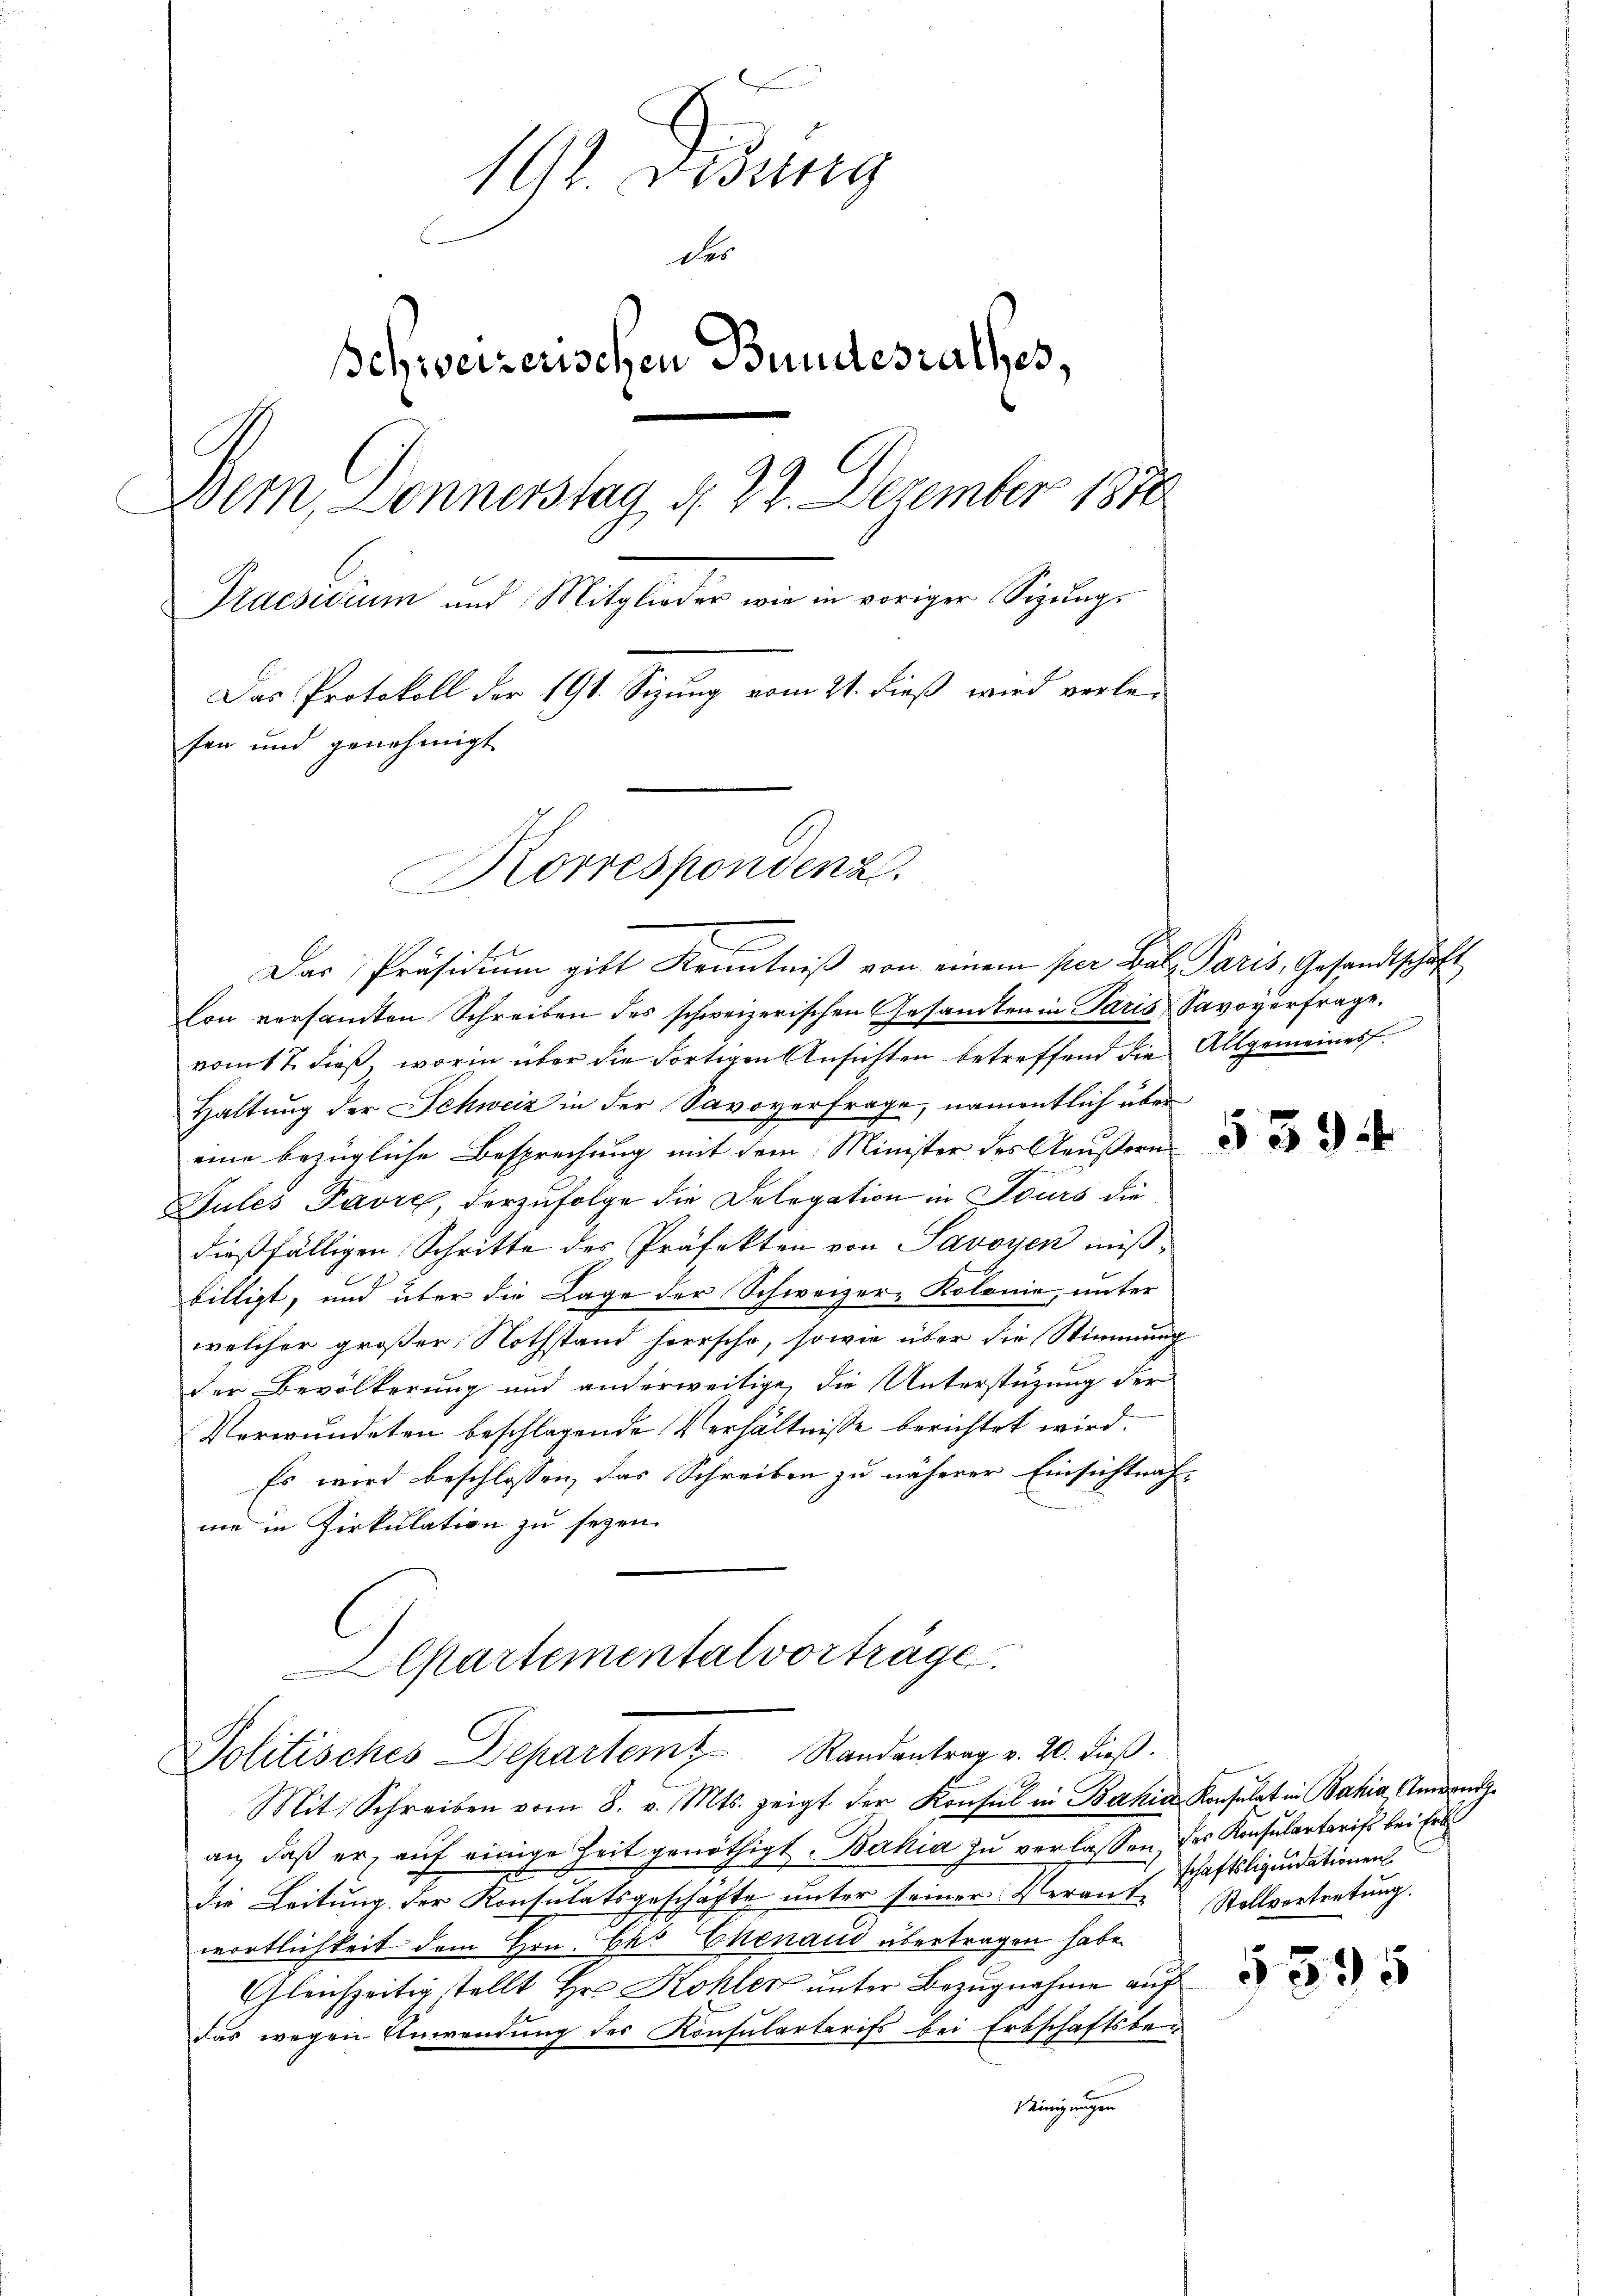
192. Disung
des
Schweizerischen Bundesrathes,
Bern Donnerstag d. 23. Dezember 1870
Praesidium und Mitglieder wie in voriger Sigungs
Das Protokoll der 191. Sizung vom 21. dieß wird verlefen und genehmigt
Korrespondenz

Das Präsidiŭm gibt Kenntniß von einem per Bal Paris, Gesandtschaft
lon versandten Schreiben des schweizerischen Gesandten in Paris Savoyerfrage.
vom 17. dieß, worin über die Fortigen Ansichten betreffend die Allgemeines
Haltung der Schweiz in der Savoyerfrage, namentlich über
eine bezügliche Besprechung mit dem Minister des Aeußern
Gules Favre, derzufolge die Delegation in Tours die
dießfälligen Schritte des Präfekten von Savoyen miß-
billigt, und über die Lage der Schweizer-Kolonie, unter
welcher großer Nothstand herrsche, sowie über die Stimmung
der Bevölkerung und anderweitige, die Unterstüzung der
Verwundeten beschlagende Verhältnisse berichtet wird.
Es wird beschlossen, das Schreiben zu näherer Einsichtnah-
me in Zirkulation zu seyen.
Departementalvorträge.

Politisches Departem Randantrag v. 20. dieβ.

Mit Schreiben vom 8. v. Mts. zeigt der Konsul in Bahia Konsulat in Bahia Amand
an, daß er, auf einige Zeit genöthigt Bahia zu verlassen, der Konsularterist bei Erb
die Leitung der Konsulatsgeschäfte unter seiner Veranschaftsliquidationen
wortlichkeit dem Hrn. Ehr Chenaud übertragen habe.
Gleichzeitig stellt Hr. Kohler unter Bezugnahme auf
das wegen Anwendung des Konsulartarifs bei Erbschaftsbe¬
Deinigungen

5394

Stollvortretung.

§ 395